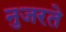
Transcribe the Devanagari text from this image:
नुजरते